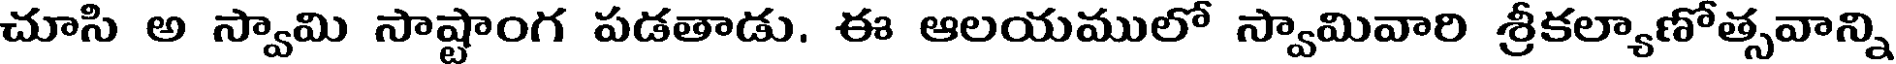
చూసి అ స్వామి సాష్టాంగ పడతాడు. ఈ ఆలయములో స్వామివారి శ్రీకల్యాణోత్సవాన్ని